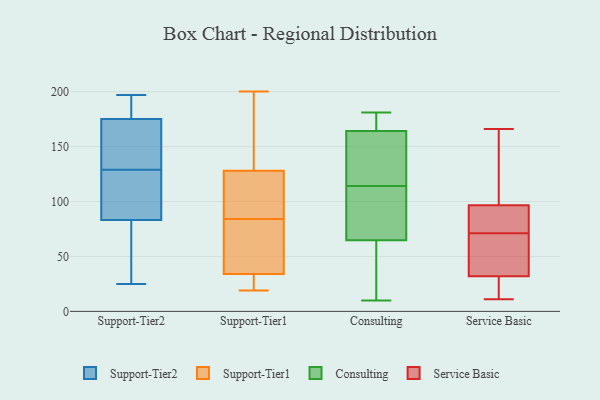
{"axis": {"x": "Net Income (USD K)", "y": "Value"}, "legend": ["Consulting", "Service Basic", "Support-Tier1", "Support-Tier2"], "data": [{"x": "", "y": 124, "type": "Support-Tier2"}, {"x": "", "y": 25, "type": "Support-Tier2"}, {"x": "", "y": 72, "type": "Support-Tier2"}, {"x": "", "y": 47, "type": "Support-Tier2"}, {"x": "", "y": 190, "type": "Support-Tier2"}, {"x": "", "y": 181, "type": "Support-Tier2"}, {"x": "", "y": 64, "type": "Support-Tier2"}, {"x": "", "y": 167, "type": "Support-Tier2"}, {"x": "", "y": 123, "type": "Support-Tier2"}, {"x": "", "y": 164, "type": "Support-Tier2"}, {"x": "", "y": 185, "type": "Support-Tier2"}, {"x": "", "y": 87, "type": "Support-Tier2"}, {"x": "", "y": 129, "type": "Support-Tier2"}, {"x": "", "y": 139, "type": "Support-Tier2"}, {"x": "", "y": 118, "type": "Support-Tier2"}, {"x": "", "y": 173, "type": "Support-Tier2"}, {"x": "", "y": 197, "type": "Support-Tier2"}, {"x": "", "y": 142, "type": "Support-Tier1"}, {"x": "", "y": 128, "type": "Support-Tier1"}, {"x": "", "y": 191, "type": "Support-Tier1"}, {"x": "", "y": 19, "type": "Support-Tier1"}, {"x": "", "y": 82, "type": "Support-Tier1"}, {"x": "", "y": 103, "type": "Support-Tier1"}, {"x": "", "y": 54, "type": "Support-Tier1"}, {"x": "", "y": 21, "type": "Support-Tier1"}, {"x": "", "y": 113, "type": "Support-Tier1"}, {"x": "", "y": 22, "type": "Support-Tier1"}, {"x": "", "y": 86, "type": "Support-Tier1"}, {"x": "", "y": 34, "type": "Support-Tier1"}, {"x": "", "y": 200, "type": "Support-Tier1"}, {"x": "", "y": 53, "type": "Support-Tier1"}, {"x": "", "y": 139, "type": "Consulting"}, {"x": "", "y": 114, "type": "Consulting"}, {"x": "", "y": 154, "type": "Consulting"}, {"x": "", "y": 25, "type": "Consulting"}, {"x": "", "y": 14, "type": "Consulting"}, {"x": "", "y": 180, "type": "Consulting"}, {"x": "", "y": 181, "type": "Consulting"}, {"x": "", "y": 113, "type": "Consulting"}, {"x": "", "y": 10, "type": "Consulting"}, {"x": "", "y": 104, "type": "Consulting"}, {"x": "", "y": 173, "type": "Consulting"}, {"x": "", "y": 137, "type": "Consulting"}, {"x": "", "y": 49, "type": "Consulting"}, {"x": "", "y": 70, "type": "Consulting"}, {"x": "", "y": 163, "type": "Consulting"}, {"x": "", "y": 92, "type": "Consulting"}, {"x": "", "y": 168, "type": "Consulting"}, {"x": "", "y": 26, "type": "Service Basic"}, {"x": "", "y": 38, "type": "Service Basic"}, {"x": "", "y": 26, "type": "Service Basic"}, {"x": "", "y": 65, "type": "Service Basic"}, {"x": "", "y": 99, "type": "Service Basic"}, {"x": "", "y": 113, "type": "Service Basic"}, {"x": "", "y": 11, "type": "Service Basic"}, {"x": "", "y": 66, "type": "Service Basic"}, {"x": "", "y": 166, "type": "Service Basic"}, {"x": "", "y": 94, "type": "Service Basic"}, {"x": "", "y": 87, "type": "Service Basic"}, {"x": "", "y": 76, "type": "Service Basic"}]}